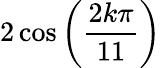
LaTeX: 2\cos\left({\frac{2k\pi}{11}}\right)